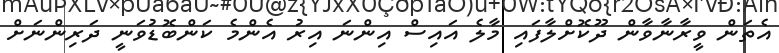
އެތަން ވީރާނާވާން ދޫކޮށްލާފައި މާލެ އައިސް އިންނަ އިރު އެންމެ ކަންބޮޑުވަނީ ދަރިންނަށް